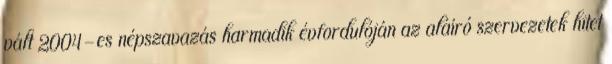
vált 2004-es népszavazás harmadik évfordulóján az aláíró szervezetek hitet